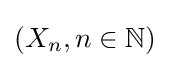
(X_{n},n\in {\mathbb {N}})